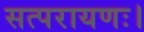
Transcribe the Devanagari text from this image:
सत्परायणः।